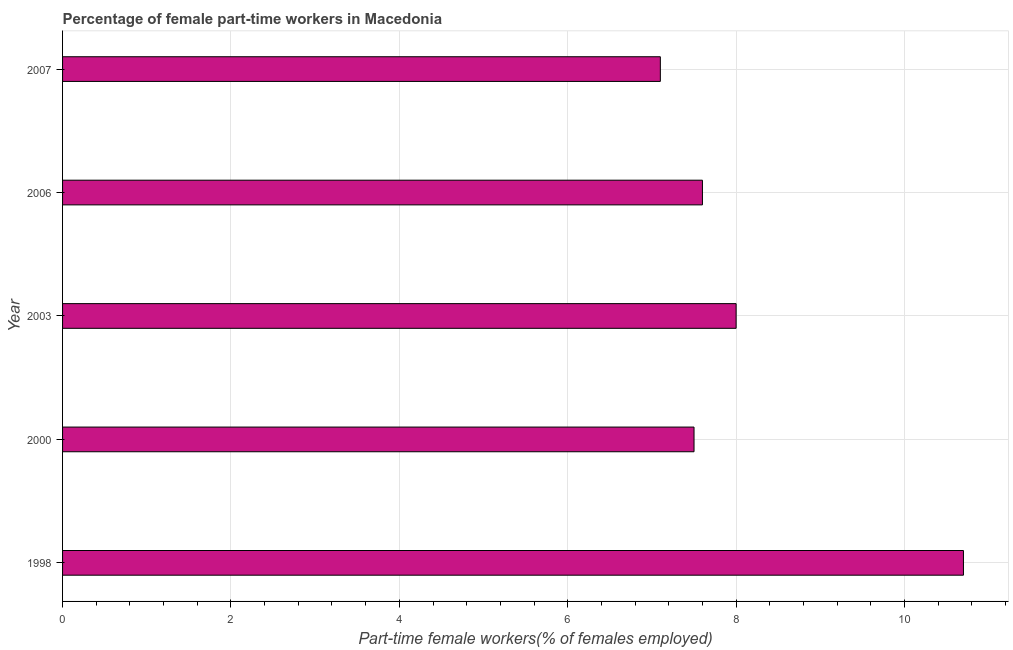
| Year | Part time employment |
 | --- | --- |
 | 1998 | 10.7 |
 | 2000 | 7.5 |
 | 2003 | 8 |
 | 2006 | 7.6 |
 | 2007 | 7.1 |